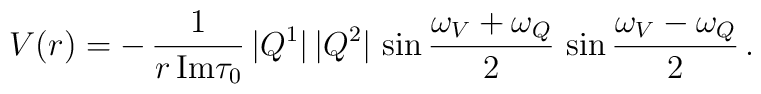
V(r) =-\,\frac{1}{ r\, {\rm Im} \tau_0}\,|Q^{1}|\,|Q^{2}|\,\sin\frac{\omega_V+\omega_Q}{2}\,\sin\frac{\omega_V-\omega_Q}{2}\,.